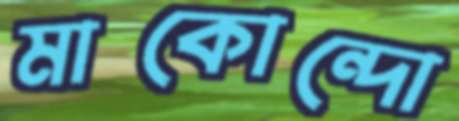
মাকোন্দো